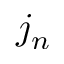
j _ { n }